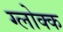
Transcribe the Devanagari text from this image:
ग्लोक्क